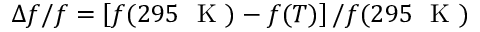
\Delta f / f = \left[ f ( 2 9 5 ~ \mathrm { ~ K ~ } ) - f ( T ) \right] / f ( 2 9 5 ~ \mathrm { ~ K ~ } )